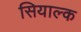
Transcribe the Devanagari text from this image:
सियाल्क